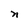
Character: n